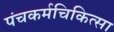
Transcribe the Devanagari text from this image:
पंचकर्मचिकित्सा